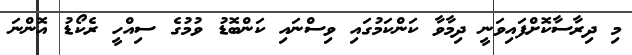
މި ދިރާސާކޮށްފައިވަނީ ދިމާވާ ކަންކަމުގައި ވިސްނައި ކަންބޮޑު ވުމުގެ ސިއްހީ ރެކޯޑު އޮންނަ